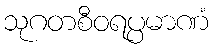
သုဂတစီဝရပ္ပမာဏံ